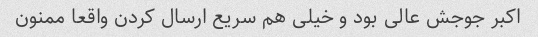
اکبر جوجش عالی بود و خیلی هم سریع ارسال کردن واقعا ممنون